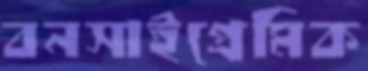
বনসাইপ্রেমিক